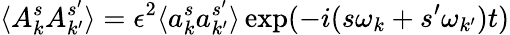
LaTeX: \langle A_{k}^{s}A_{k^{\prime}}^{s^{\prime}}\rangle=\epsilon^{2}\langle a_{k}^{s}a_{k^{\prime}}^{s^{\prime}}\rangle\exp(-i(s\omega_{k}+s^{\prime}\omega_{k^{\prime}})t)